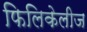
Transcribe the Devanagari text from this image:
फिलिकेलीज